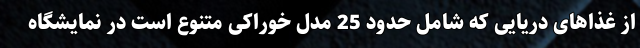
از غذاهای دریایی که شامل حدود 25 مدل خوراکی متنوع است در نمایشگاه